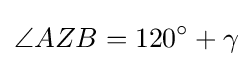
\angle {AZB}=120^{\circ }+\gamma